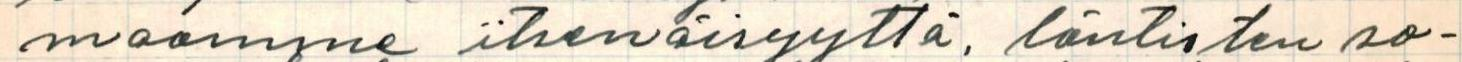
maamme itsenäisyyttä, läntisten so-